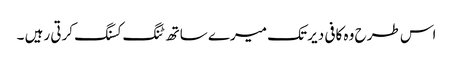
اس طرح وہ کافی دیر تک میرے ساتھ ٹنگ کسنگ کرتی رہیں ۔